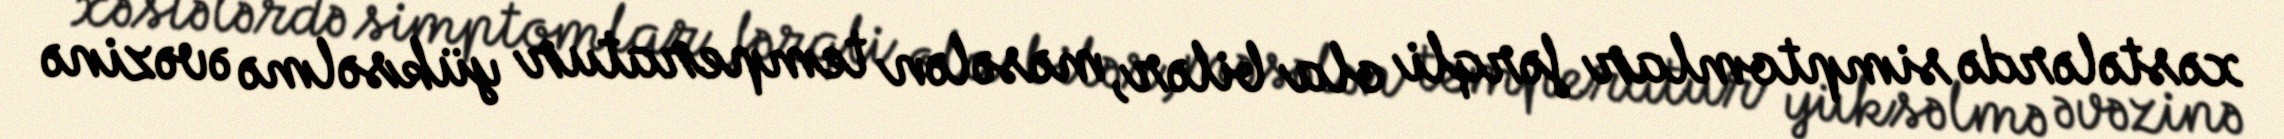
xəstələrdə simptomlar fərqli ola bilər, məsələn temperatur yüksəlmə əvəzinə